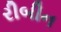
રીબીન